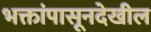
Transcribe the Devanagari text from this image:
भक्तांपासूनदेखील